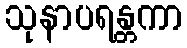
သုနာပရန္တကာ